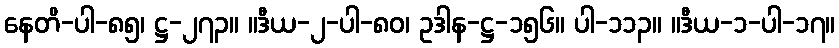
နေတိ-ပါ-၈၅၊ ဋ္ဌ-၂၇၃။ ။ဒီယ-၂-ပါ-၈၀၊ ဥဒါန-ဋ္ဌ-၁၅၆။ ပါ-၁၁၃။ ။ဒီယ-၁-ပါ-၁၇။